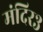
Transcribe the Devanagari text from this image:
मंदिर३